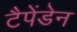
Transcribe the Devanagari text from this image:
टैपेंडेन